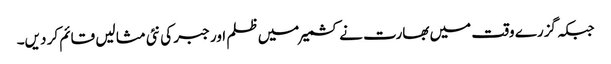
جبکہ گزرے وقت میں بھارت نے کشمیر میں ظلم اور جبر کی نئی مثا لیں قائم کر دیں۔